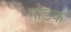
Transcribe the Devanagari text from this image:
माेडक